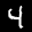
Label: 4